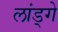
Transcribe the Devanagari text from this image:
लांड्गे